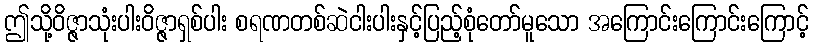
ဤသို့ဝိဇ္ဇာသုံးပါးဝိဇ္ဇာရှစ်ပါး စရဏတစ်ဆဲငါးပါးနှင့်ပြည့်စုံတော်မူသော အကြောင်းကြောင်းကြောင့်